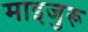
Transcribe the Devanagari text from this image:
माइजुरू